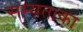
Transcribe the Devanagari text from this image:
सम्यताका